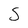
Character: S